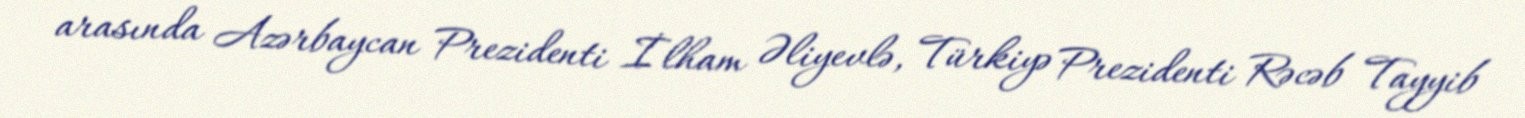
arasında Azərbaycan Prezidenti İlham Əliyevlə, Türkiyə Prezidenti Rəcəb Tayyib